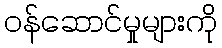
ဝန်ဆောင်မှုများကို